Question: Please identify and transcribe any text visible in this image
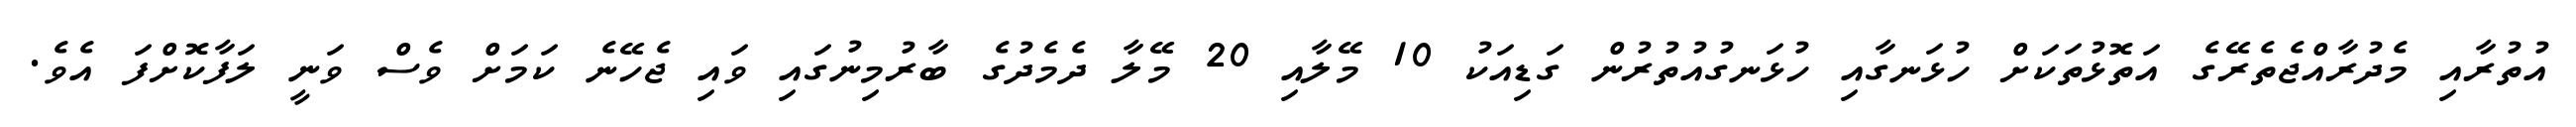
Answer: އުތުރާއި މެދުރާއްޖެތެރޭގެ އަތޮޅުތަކަށް ހުޅަނގާއި ހުޅަނގުއުތުރުން ގަޑިއަކު 10 މޭލާއި 20 މޭލާ ދެމެދުގެ ބާރުމިނުގައި ވައި ޖެހޭނެ ކަމަށް ވެސް ވަނީ ލަފާކޮށްފަ އެވެ.